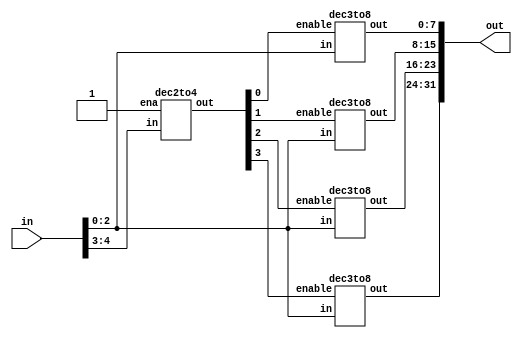
//Contains all decoders and multiplexers used in the circuit//

module dec5to32(in, out);
	input [4:0] in;  
	output [31:0] out; 
	
	wire[3:0] ena; 
	
	dec2to4 decEna(in[4:3], 1'b1, ena); 
	
	dec3to8 dec0(in[2:0], ena[0], out[7:0]);
	dec3to8 dec1(in[2:0], ena[1], out[15:8]);
	dec3to8 dec2(in[2:0], ena[2], out[23:16]);
	dec3to8 dec3(in[2:0], ena[3], out[31:24]); 
	
endmodule 

module dec3to8(in, enable, out);
	input [2:0] in; 
	input enable; 
	output [7:0] out;
	
	wire [7:0] myOut;
	wire [2:0] nIn; 
	
	not n0(nIn[0], in[0]);
	not n1(nIn[1], in[1]);
	not n2(nIn[2], in[2]); 
	
	and and0(myOut[0], nIn[2], nIn[1], nIn[0]);
	assign out[0] = enable ? myOut[0] : 1'b0;
	and and1(myOut[1], nIn[2], nIn[1], in[0]);
	assign out[1] = enable ? myOut[1] : 1'b0; 
	and and2(myOut[2], nIn[2], in[1], nIn[0]);
	assign out[2] = enable ? myOut[2] : 1'b0; 
	and and3(myOut[3], nIn[2], in[1], in[0]);
	assign out[3] = enable ? myOut[3] : 1'b0; 
	and and4(myOut[4], in[2], nIn[1], nIn[0]);
	assign out[4] = enable ? myOut[4] : 1'b0; 
	and and5(myOut[5], in[2], nIn[1], in[0]);
	assign out[5] = enable ? myOut[5] : 1'b0; 
	and and6(myOut[6], in[2], in[1], nIn[0]);
	assign out[6] = enable ? myOut[6] : 1'b0; 
	and and7(myOut[7], in[2], in[1], in[0]);
	assign out[7] = enable ? myOut[7] : 1'b0; 
	
endmodule

module dec2to4(in, ena, out);
	input [1:0] in;
	input ena; 
	output [3:0] out;
	
	wire[1:0] nIn;
	
	not n0(nIn[0], in[0]);
	not n1(nIn[1], in[1]);
	
	and and0(out[0], nIn[1], nIn[0], ena);
	and and1(out[1], nIn[1], in[0], ena);
	and and2(out[2], in[1], nIn[0], ena);
	and and3(out[3], in[1], in[0], ena);
	
endmodule

module mux_8(select, in0, in1, in2, in3, in4, in5, in6, in7, out);
		input [2:0] select; 
		input [31:0] in0, in1, in2, in3, in4, in5, in6, in7;
		output [31:0] out; 
		wire [31:0] w1, w2; 
		mux_4 first_top(select[1:0], in0, in1, in2, in3, w1);
		mux_4 first_bottom(select[1:0], in4, in5, in6, in7, w2); 
		mux_2 second(select[2], w1, w2, out);
	endmodule

module mux_4(select, in0, in1, in2, in3, out);
		input [1:0] select; 
		input [31:0] in0, in1, in2, in3; 
		output [31:0] out; 
		wire [31:0] w1, w2; 
		wire [1:0] ns0, ns1; 
		
		mux_2 first_top(select[0], in0, in1, w1);
		mux_2 first_bottom(select[0], in2, in3, w2); 
		mux_2 second(select[1], w1, w2, out);
	endmodule

module mux_2(sel, a, b, out);
		input [31:0] a, b; 
		input sel; 
		output [31:0] out; 
	
		assign out = sel ? b : a;
endmodule

module negMux2to1(b, sel, out);
		input [31:0] b;
		input sel; 
		output [31:0] out; 
	
		genvar i; 
			generate 
				for(i=0; i<32; i=i+1) begin: loop
					xor s0(out[i], b[i], sel);
				end 
			endgenerate 
endmodule